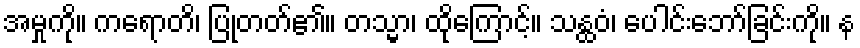
အမှုကို။ ကရောတိ၊ ပြုတတ်၏။ တသ္မာ၊ ထိုကြောင့်။ သန္ထဝံ၊ ပေါင်းဘော်ခြင်းကို။ န